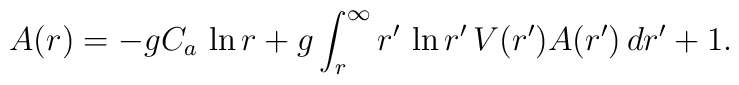
A(r)=-gC_a\,\ln r+g\int_r^{\infty} r'\,\ln r'\,V(r')A(r')\,dr' +1.